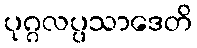
ပုဂ္ဂလပ္ပသာဒေတိ